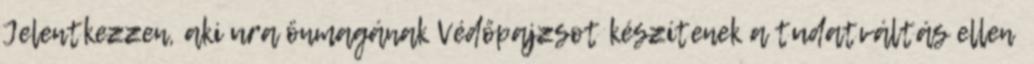
Jelentkezzen, aki ura önmagának Védőpajzsot készítenek a tudatváltás ellen